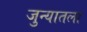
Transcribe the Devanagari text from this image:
जुन्यातला